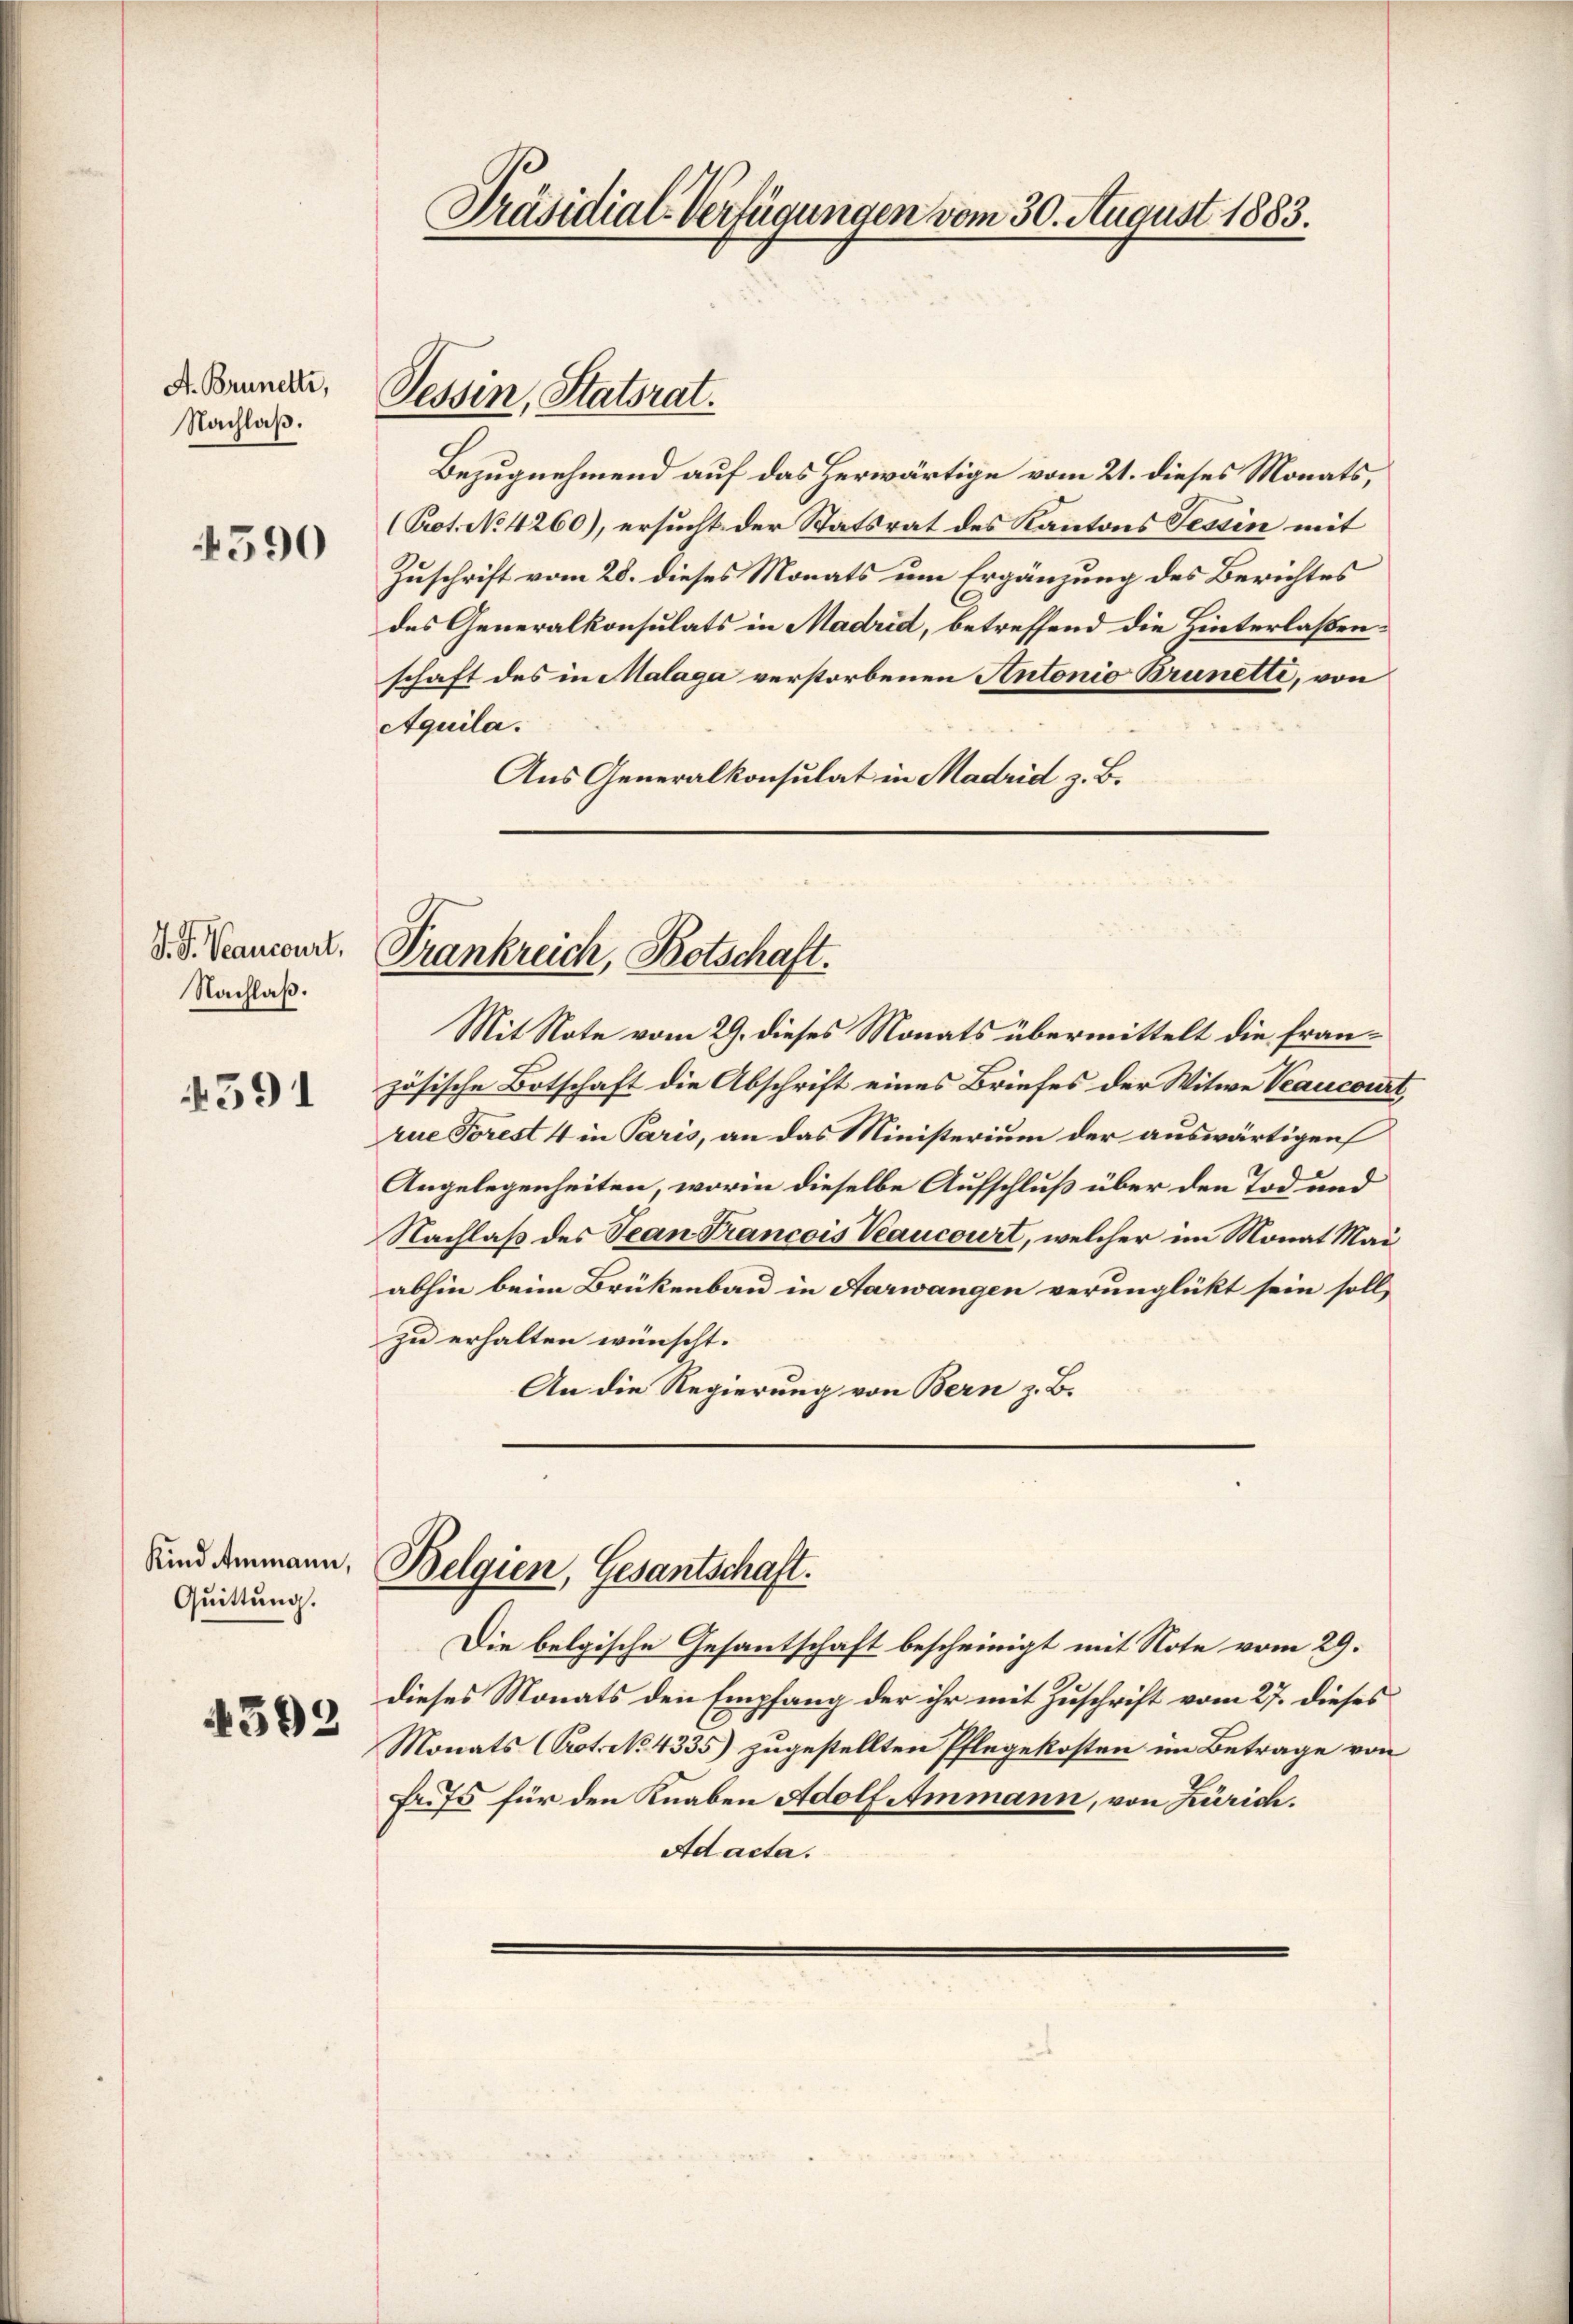
A. Brunetti,
Nachlaß.

4590

V. P. Vancourt,
Nachlaß.

4591

Kind Ammann,
Quittung.

4592

Bezugnehmend auf das herwärtige vom 21. dieses Monats,
(Prot. No 4260), ersucht der Statsrat des Kantons Tessin mit
Zuschrift vom 28. dieses Monats um Ergänzung des Berichtes
des Generalkonsulats in Madrid, betreffend die Hinterlaßenschaft des in Malaga verstorbenen Antonio Brunette, von
Aquila.
Aus Generalkonsulat in Madrid z. B.

Präsidial-Verfügungen vom 30. August 1883.

Tessin, Statsrat.

Trankreich, Botschaft.

Belgien, Gesantschaft.

Mit Note vom 29. dieses Monats übermittelt die französische Botschaft die Abschrift eines Briefes der Witwe Veaucourt,
rue Forest 4 in Paris, an das Ministerium der auswärtigen
Angelegenheiten, worin dieselbe Aufschluß über den Tod und
Nachlaß des Jean Francois Veaucourt, welcher im Monat Maiabhin beim Brükenbau in Aarwangen verunglückt sein soll,
zu erhalten wünscht.
An die Regierung von Bern z. B.

Die belgische Gesantschaft bescheinigt mit Note vom 29.
dieses Monats den Empfang der ihr mit Zuschrift vom 27. dieses
Monats Crot. No. 4335) zugestellten Pflegekosten im Betrage von
Fr. 75 für den Knaben Adolf Ammann, von Zürich.
Ad acta.